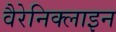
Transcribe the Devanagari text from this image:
वैरेनिक्लाइन